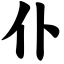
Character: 仆